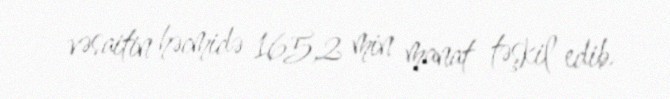
vəsaitin həcmidə 165,2 min manat təşkil edib.